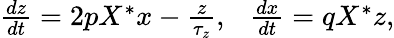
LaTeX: \begin{array}{r}{\frac{dz}{dt}=2pX^{*}x-\frac{z}{\tau_{z}},~~~\frac{dx}{dt}=qX^{*}z,}\end{array}